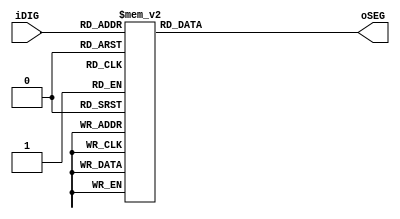
/*-------------------------------------------------------------------------
This confidential and proprietary software may be only used as authorized
by a licensing agreement from amfpga.
(C) COPYRIGHT 2013.amfpga ALL RIGHTS RESERVED
Filename			:		sdram_ov7670_vga.v
Author				:		Amfpga
Data				:		2013-02-1
Version				:		1.0
Description			:		sdram vga controller with ov7670 display.
Modification History	:
Data			By			Version			Change Description
===========================================================================
13/02/1
--------------------------------------------------------------------------*/
module Seg7_lut	
(	
	input		[3:0]	iDIG,
	output	reg	[6:0]	oSEG
);

always @(iDIG)
begin
		case(iDIG)
		4'h1: oSEG = 7'b1111001;	// ---t----
		4'h2: oSEG = 7'b0100100; 	// |	  |
		4'h3: oSEG = 7'b0110000; 	// lt	 rt
		4'h4: oSEG = 7'b0011001; 	// |	  |
		4'h5: oSEG = 7'b0010010; 	// ---m----
		4'h6: oSEG = 7'b0000010; 	// |	  |
		4'h7: oSEG = 7'b1111000; 	// lb	 rb
		4'h8: oSEG = 7'b0000000; 	// |	  |
		4'h9: oSEG = 7'b0011000; 	// ---b----
		4'ha: oSEG = 7'b0001000;
		4'hb: oSEG = 7'b0000011;
		4'hc: oSEG = 7'b1000110;
		4'hd: oSEG = 7'b0100001;
		4'he: oSEG = 7'b0000110;
		4'hf: oSEG = 7'b0001110;
		4'h0: oSEG = 7'b1000000;
		endcase
end

endmodule